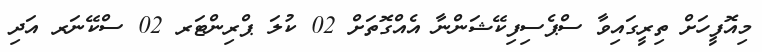
މިއޮފީހަށް ތިރީގައިވާ ސްޕެސިފިކޭޝަންނާ އެއްގޮތަށް 02 ކުލަ ޕްރިންޓަރ 02 ސްކޭނަރ އަދި